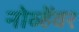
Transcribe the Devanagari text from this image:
नोव्हेंवर